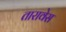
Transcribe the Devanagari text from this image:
तारावेस